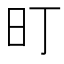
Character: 𭥌